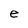
Character: e